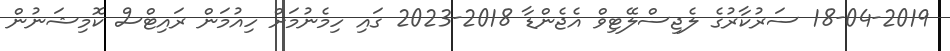
18-04-2019 ސަރުކާރުގެ ލެޖިސްލޭޓިވް އެޖެންޑާ 2018-2023 ގައި ހިމެނުމަށް ހިއުމަން ރައިޓްސް ކޮމިޝަނުން